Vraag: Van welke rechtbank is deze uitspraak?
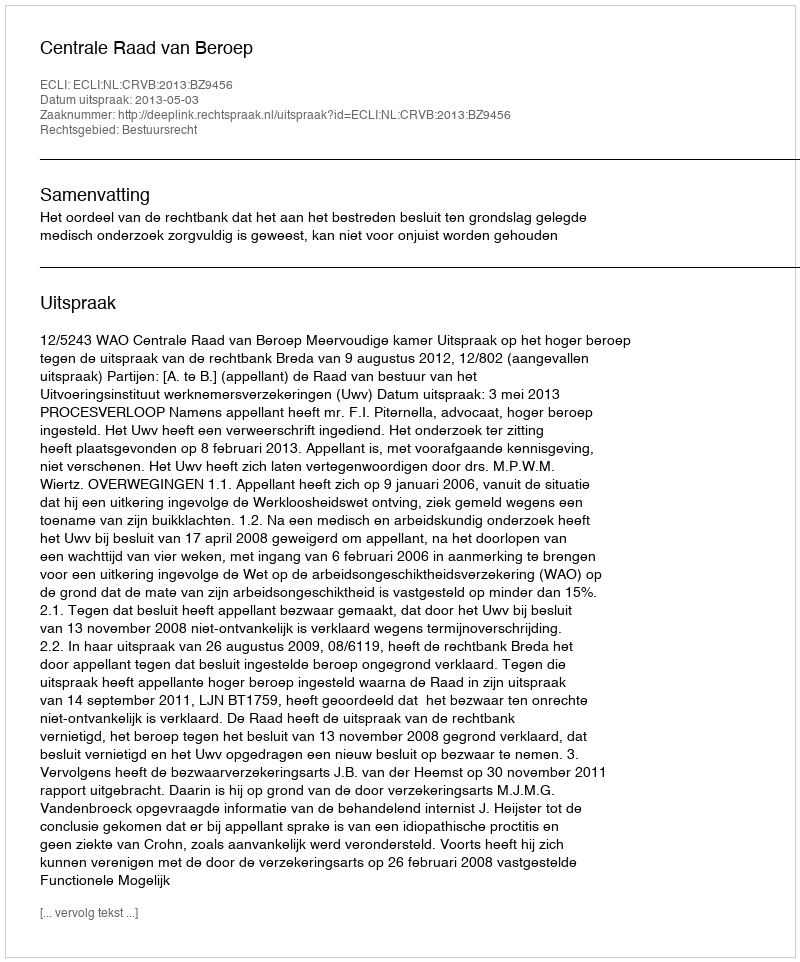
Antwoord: Centrale Raad van Beroep